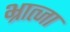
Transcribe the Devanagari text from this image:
भ्रात्जा